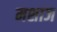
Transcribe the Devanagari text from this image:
मशाज